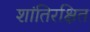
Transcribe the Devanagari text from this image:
शांतिरक्षित